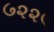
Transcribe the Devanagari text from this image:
७२२९